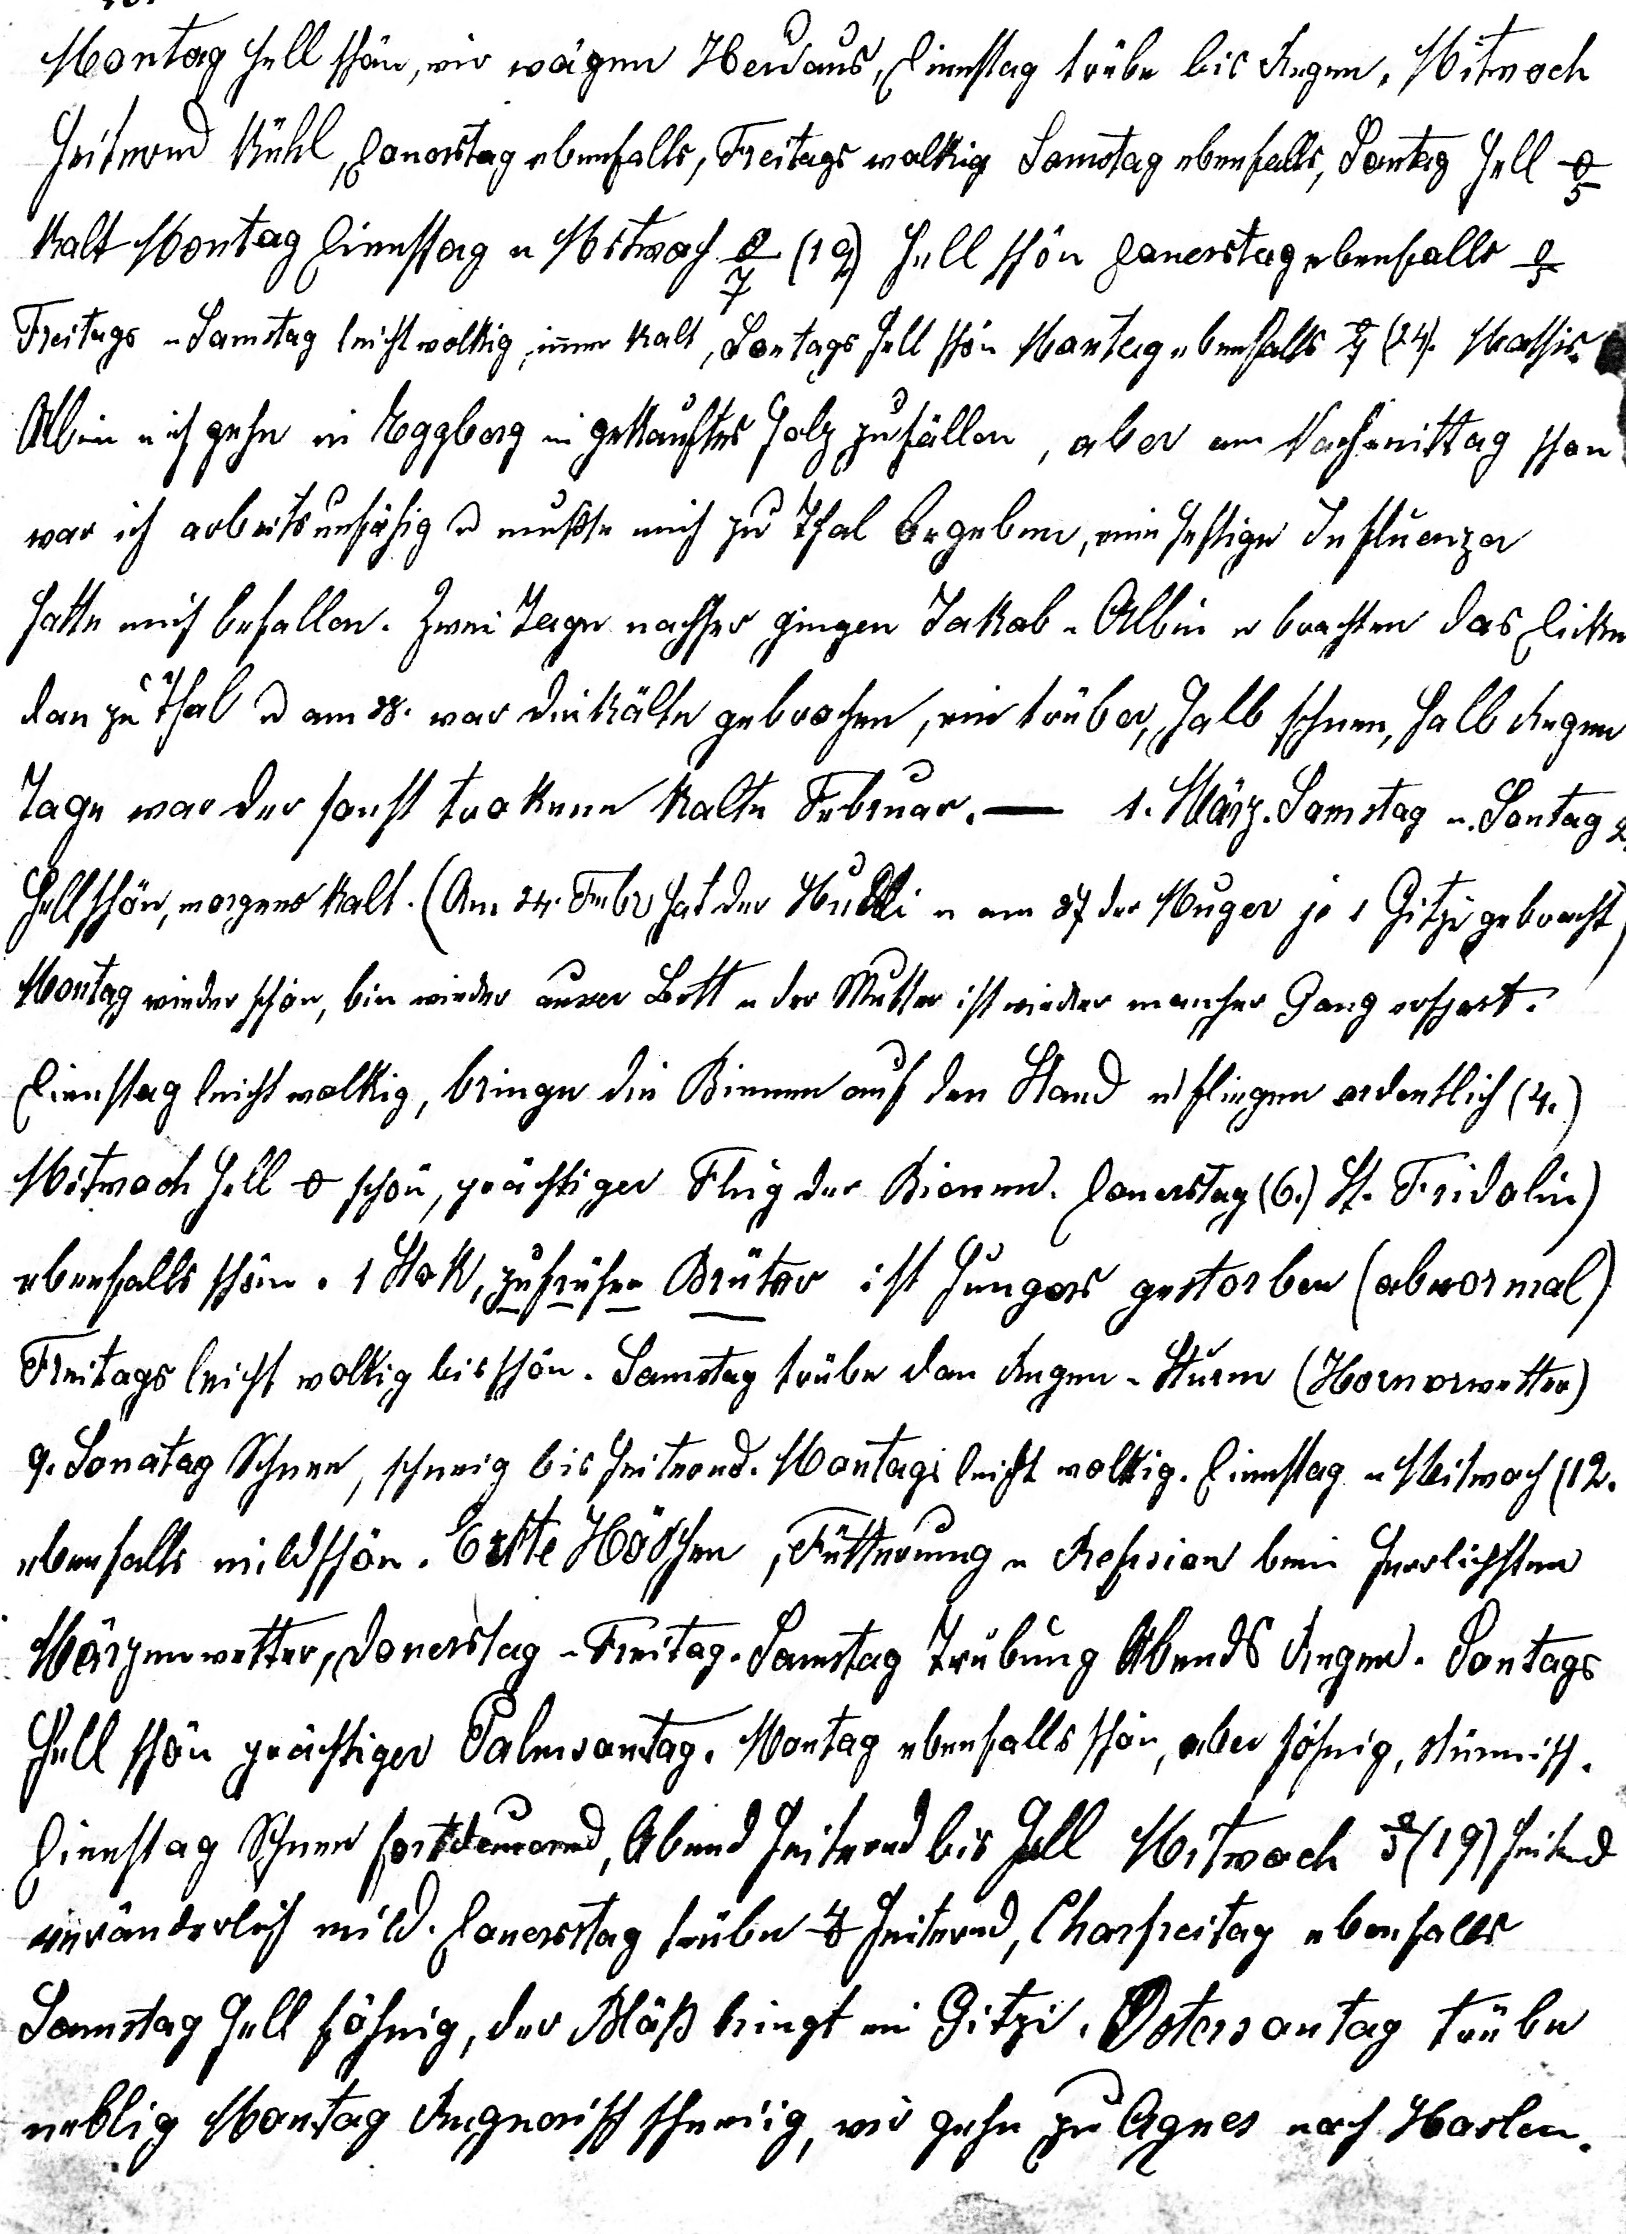
o
Montag hell schön, wir wägen Heutaus, Dienstag trübe bis Regen. Mitwoch
heiternd kühl, Donerstag ebenfalls, Freitags wolkig Samstag ebenfalls, Sontag hell o
kalt Montag Dienstag u Mitwoch  (19.) hell schön Donerstag ebenfalls -o
Freitags u Samstag leicht wolkig, imer kalt, Sontags hell schön Montag ebenfalls 7o (24. Mathis
Abein nich gehn in Toggbarg in gekauftes holz zufällen, aber am Nachmmittag schön.
war ich arbeitsunfähig u musste mich zu Thal begeben, eiun heftige Influerizar
hatte mich befallen. Zwei Tage nachser gingen Jakab u Albin u brachten das Dicke
dan zu thal u am 38. war die kälte gebrochen, ein trüber, halb schnee, halb Regen
Tage war der sonst trokene kalte Februar. - 1. März. Somstag u Sontag 2.
hell schön, worgens kalt. (Am 24. Febi hat der Hülli u amn 2h der Muger jo 1 Gitzigebracht
Montag wieder schön, bin wieder auser Bitt u der Mutter ist wieder marcher Gang erspart.
Dienstag leicht wolkig, bringe die Bienen auf den Stand u fliegen ordentlich (4.)
Mitwoch hell 0o schön, prächtiger Flug der Bionen. Donerstag (6.) St. Fridolin)
ebenfalls schön. 1 Stok, zufrüher Brüter ist hungars gestorben (abwormal)
Freitags leicht wolkig bis schön. Samstag trübe dan Regen . Sturm (Hornerwetter)
9. Sonatag Schnee, schneig bis heiternd. Montagi leicht wolkig. Dienstag u Meitwoch (12.
ebenfalls mild schön. Ertte Hoschen, Fetterung u Refision bei herrlichhten
Märgenwitter, Donerstag u Freitag. Samstag trübung Abends Regen. Sontags
hell schön prächtiger Salmsontag. Montag ebenfalls schön, aber föhnig, stürmisch.
Dienstag Schnee fortduuernd, Abend heiternd bis hell Mitwoch 5/19) heited
veranderlich mild. Donersstag trübe o heiternd, (harfreitag ebenfalls
Samstag hell föhnig, der Blöss bringt iin Gitzi. Ostersontag trübe
neblig Montag Regnerisch schneiig, wir gehn zu Agnes nach. Harlen.